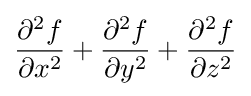
{\partial ^{2}f \over \partial x^{2}}+{\partial ^{2}f \over \partial y^{2}}+{\partial ^{2}f \over \partial z^{2}}